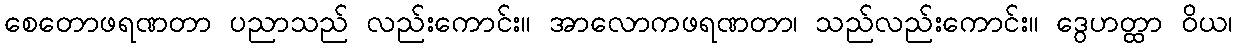
စေတောဖရဏတာ ပညာသည် လည်းကောင်း။ အာလောကဖရဏတာ၊ သည်လည်းကောင်း။ ဒွေဟတ္ထာ ဝိယ၊